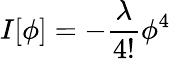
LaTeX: I[\phi]=-\frac{\lambda}{4!}{\phi}^{4}